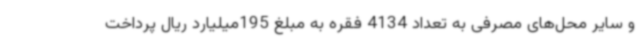
و سایر محل‌های مصرفی به تعداد 4134 فقره به مبلغ 195میلیارد ریال پرداخت